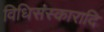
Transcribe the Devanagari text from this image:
विधिसंस्कारादि